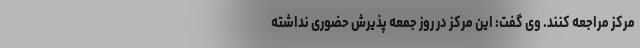
مرکز مراجعه کنند. وی گفت: این مرکز در روز جمعه پذیرش حضوری نداشته